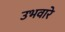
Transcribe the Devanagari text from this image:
उभवारे